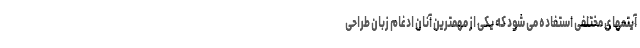
آیتمهای مختلفی استفاده می شود که یکی از مهمترین آنان ادغام زبان طراحی